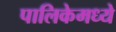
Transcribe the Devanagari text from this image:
पालिकेमध्ये